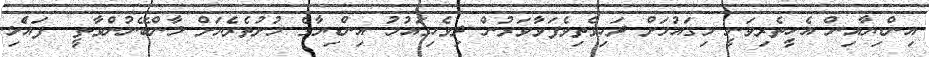
އިންޑިޔާއިން އެހީތެރިވަނީ މިގައުމަށް ދަހިވެތިވެފަވާވަރުން ދިވެހިގައުމު އިންޑިޔާގެ މުށުތެރެޔަށް ލާންބޭނުންވާތީ  ފައެްލި